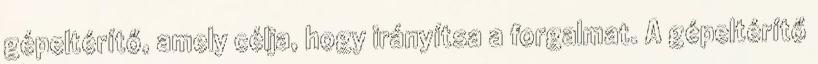
gépeltérítő, amely célja, hogy irányítsa a forgalmat. A gépeltérítő